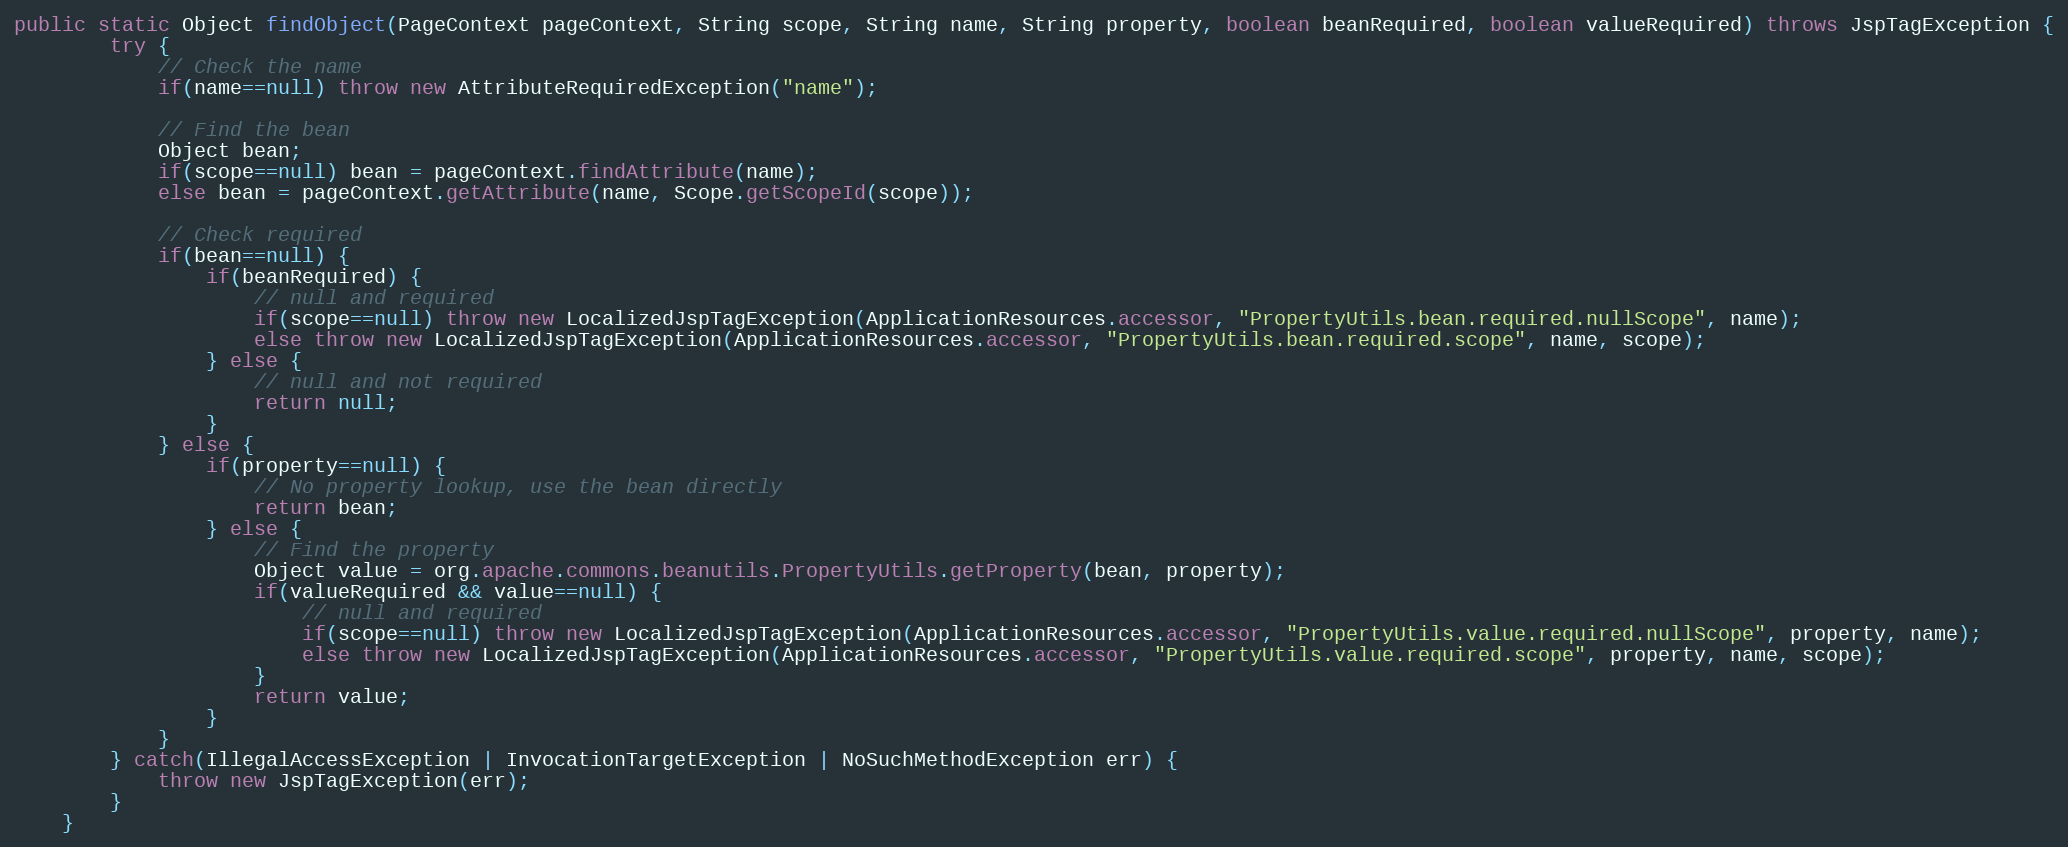
Language: Java
public static Object findObject(PageContext pageContext, String scope, String name, String property, boolean beanRequired, boolean valueRequired) throws JspTagException {
		try {
			// Check the name
			if(name==null) throw new AttributeRequiredException("name");

			// Find the bean
			Object bean;
			if(scope==null) bean = pageContext.findAttribute(name);
			else bean = pageContext.getAttribute(name, Scope.getScopeId(scope));

			// Check required
			if(bean==null) {
				if(beanRequired) {
					// null and required
					if(scope==null) throw new LocalizedJspTagException(ApplicationResources.accessor, "PropertyUtils.bean.required.nullScope", name);
					else throw new LocalizedJspTagException(ApplicationResources.accessor, "PropertyUtils.bean.required.scope", name, scope);
				} else {
					// null and not required
					return null;
				}
			} else {
				if(property==null) {
					// No property lookup, use the bean directly
					return bean;
				} else {
					// Find the property
					Object value = org.apache.commons.beanutils.PropertyUtils.getProperty(bean, property);
					if(valueRequired && value==null) {
						// null and required
						if(scope==null) throw new LocalizedJspTagException(ApplicationResources.accessor, "PropertyUtils.value.required.nullScope", property, name);
						else throw new LocalizedJspTagException(ApplicationResources.accessor, "PropertyUtils.value.required.scope", property, name, scope);
					}
					return value;
				}
			}
		} catch(IllegalAccessException | InvocationTargetException | NoSuchMethodException err) {
			throw new JspTagException(err);
		}
	}